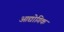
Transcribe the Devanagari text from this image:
आद्योगिक